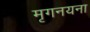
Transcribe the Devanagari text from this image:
मृगनयना